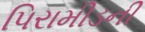
પિરામીડની